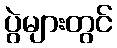
ပွဲများတွင်